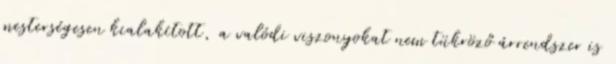
mesterségesen kialakított, a valódi viszonyokat nem tükröző árrendszer is